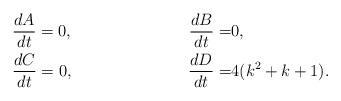
LaTeX: \begin{align*}&\frac{dA}{dt}=0,\,\,&\frac{dB}{dt}=&0,\\&\frac{dC}{dt}=0,\,\, &\frac{dD}{dt}=&4(k^{2}+k+1).\end{align*}